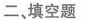
二、填空题